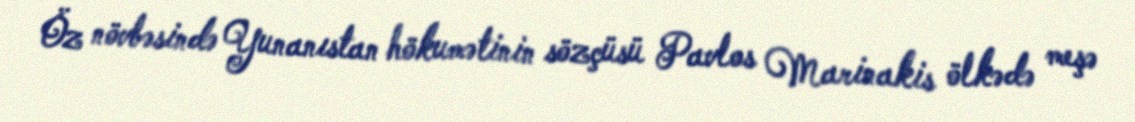
Öz növbəsində Yunanıstan hökumətinin sözçüsü Pavlos Marinakis ölkədə meşə